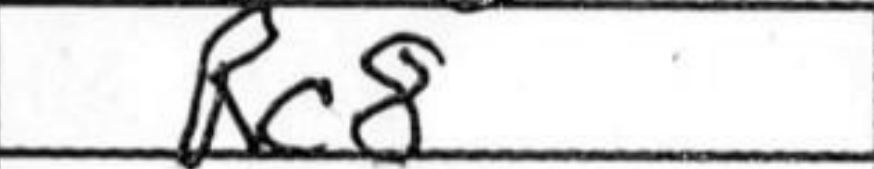
Transcription: Rc8